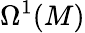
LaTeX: \Omega^{1}(M)